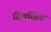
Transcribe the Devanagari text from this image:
शिवशिला